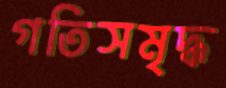
গতিসমৃদ্ধ